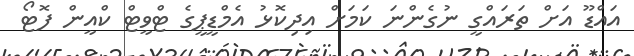
އައްޑޫ އަށް ތަރައްގީ ނުގެންނަ ކަމަށް އިދިކޮޅު އެމްޑީޕީގެ ޓްވީޓް ކްއީން ފޮޓޯ